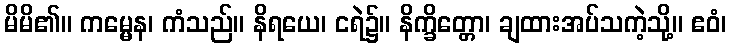
မိမိ၏။ ကမ္မေန၊ ကံသည်။ နိရယေ၊ ငရဲ၌။ နိက္ခိတ္တော၊ ချထားအပ်သကဲ့သို့။ ဧဝံ၊